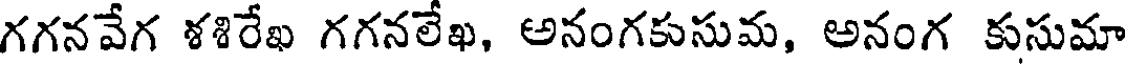
గగనవేగ ళశిరేఖ గగనలేఖ, అనంగకుసుమ, అనంగ కుసుమా